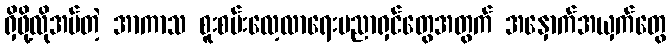
ရှိဖို့လိုအပ်တဲ့ အာကာသ စူးစမ်းလေ့လာရေးပညာရှင်တွေအတွက် အနှောက်အယှက်တွေ